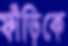
ফাঁড়িকে